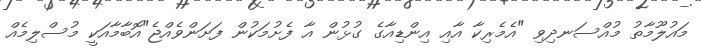
މައުލޫމާތު މުއްސަނދިވި "އެމެރިކާ އާއި އިންޑިއާގެ ގުޅުން އާ ފެށުމަކުން ފަށަންވެއްޖެ"އޮބާމާއަކީ މުސްލިމެއް